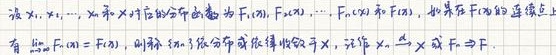
设$X_1, X_2, \cdots, X_n$和$X$对应的分布函数为$F_1(x), F_2(x), \cdots, F_n(x)$和$F(x)$，如果在$F(x)$的连续点上有$\lim_{n \to \infty} F_n(x) = F(x)$，则称$X_n$依分布或弱收敛于$X$，记作$X_n \stackrel{d}{\to} X$或$F_n \stackrel{w}{\to} F$.